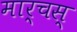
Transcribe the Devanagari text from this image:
मार्चस्